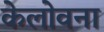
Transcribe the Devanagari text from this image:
केलोवना